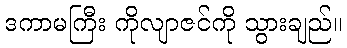
ဒကာမကြီး ကိုလျာဇင်ကို သွားချည်။